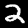
Label: 2